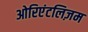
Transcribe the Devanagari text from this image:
ओरिएंटलिज़म